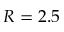
R = 2 . 5